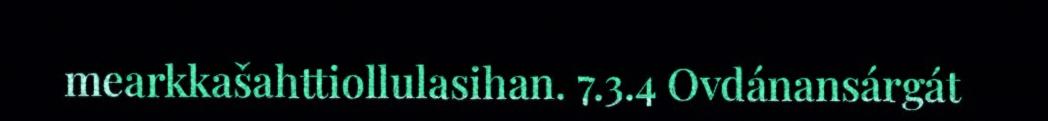
mearkkašahttiollulasihan. 7.3.4 Ovdánansárgát